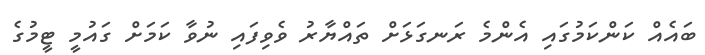
ބައެއް ކަންކަމުގައި އެންމެ ރަނގަޅަށް ތައްޔާރު ވެވިފައި ނުވާ ކަމަށް ގައުމީ ޓީމުގެ